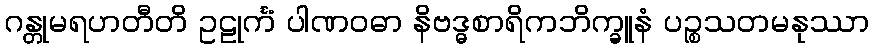
ဂန္တုမရဟတီတိ ဥဠုင်္ကံ ပါဏဝဓာ နိဗဒ္ဓစာရိကဘိက္ခူနံ ပဉ္စသတမနုဿာ